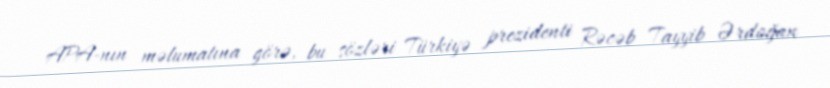
APA-nın məlumatına görə, bu sözləri Türkiyə prezidenti Rəcəb Tayyib Ərdoğan